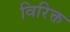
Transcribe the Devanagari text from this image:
विरिक्त